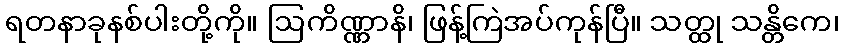
ရတနာခုနစ်ပါးတို့ကို။ ဩကိဏ္ဏာနိ၊ ဖြန့်ကြဲအပ်ကုန်ပြီ။ သတ္ထု သန္တိကေ၊